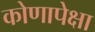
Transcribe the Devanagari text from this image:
कोणापेक्षा